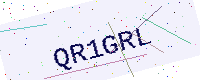
Text: QR1GRL